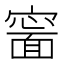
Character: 𡫍